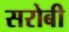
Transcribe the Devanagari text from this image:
सरोबी